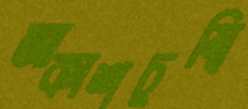
আকাশচুম্বি